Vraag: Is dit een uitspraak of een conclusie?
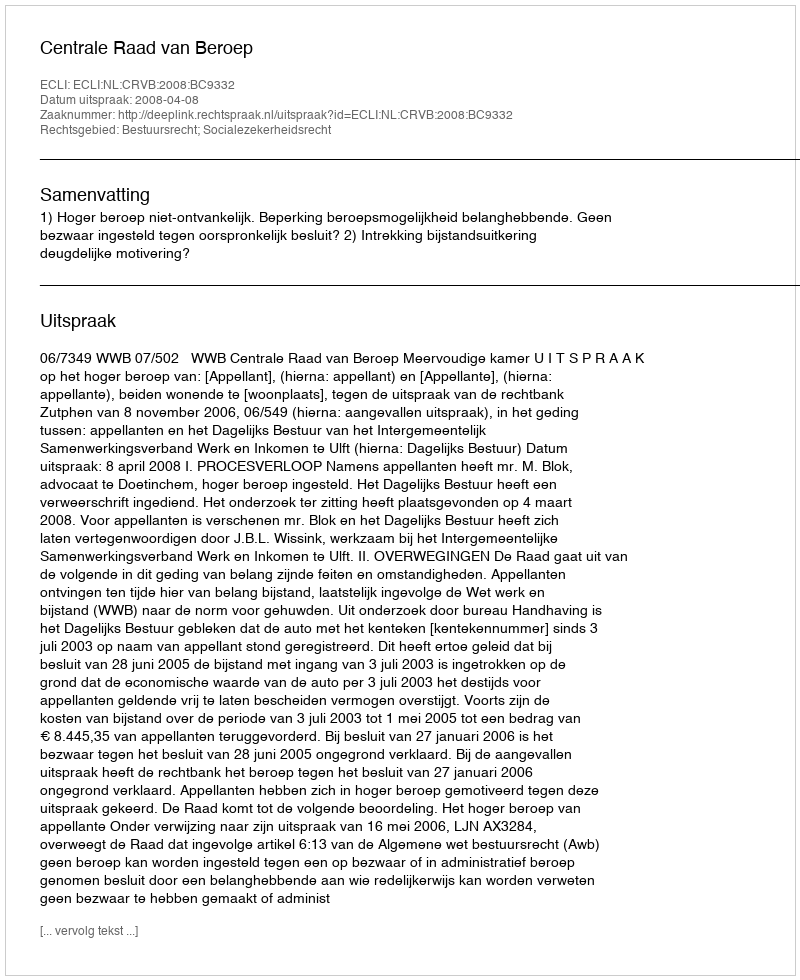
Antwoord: Uitspraak